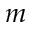
m